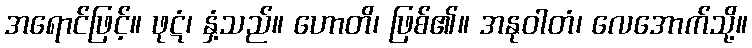
အရောင်ဖြင့်။ ဖုဋံ၊ နှံ့သည်။ ဟောတိ၊ ဖြစ်၏။ အနုဝါတံ၊ လေအောက်သို့။